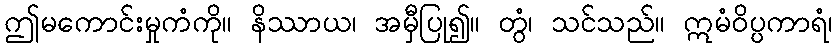
ဤမကောင်းမှုကံကို။ နိဿာယ၊ အမှီပြု၍။ တွံ၊ သင်သည်။ ဣမံဝိပ္ပကာရံ၊